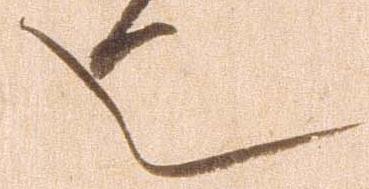
也